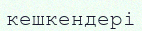
кешкендері